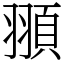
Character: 頨